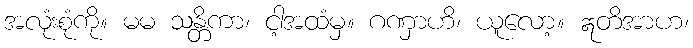
အလုံးစုံကို။ မမ သန္တိကာ၊ ငါ့အထံမှ။ ဂဏှာဟိ၊ ယူလော့။ ဣတိအာဟ၊